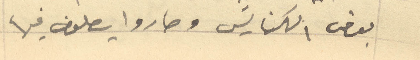
بعض الكنايس وصاروا يصلون فيها